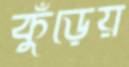
কুঁড়েয়